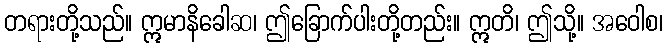
တရားတို့သည်။ ဣမာနိခေါဆ၊ ဤခြောက်ပါးတို့တည်း။ ဣတိ၊ ဤသို့။ အဝေါစ၊